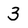
Character: 3